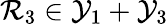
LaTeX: \mathcal{R}_{3}\in\mathcal{Y}_{1}+\mathcal{Y}_{3}